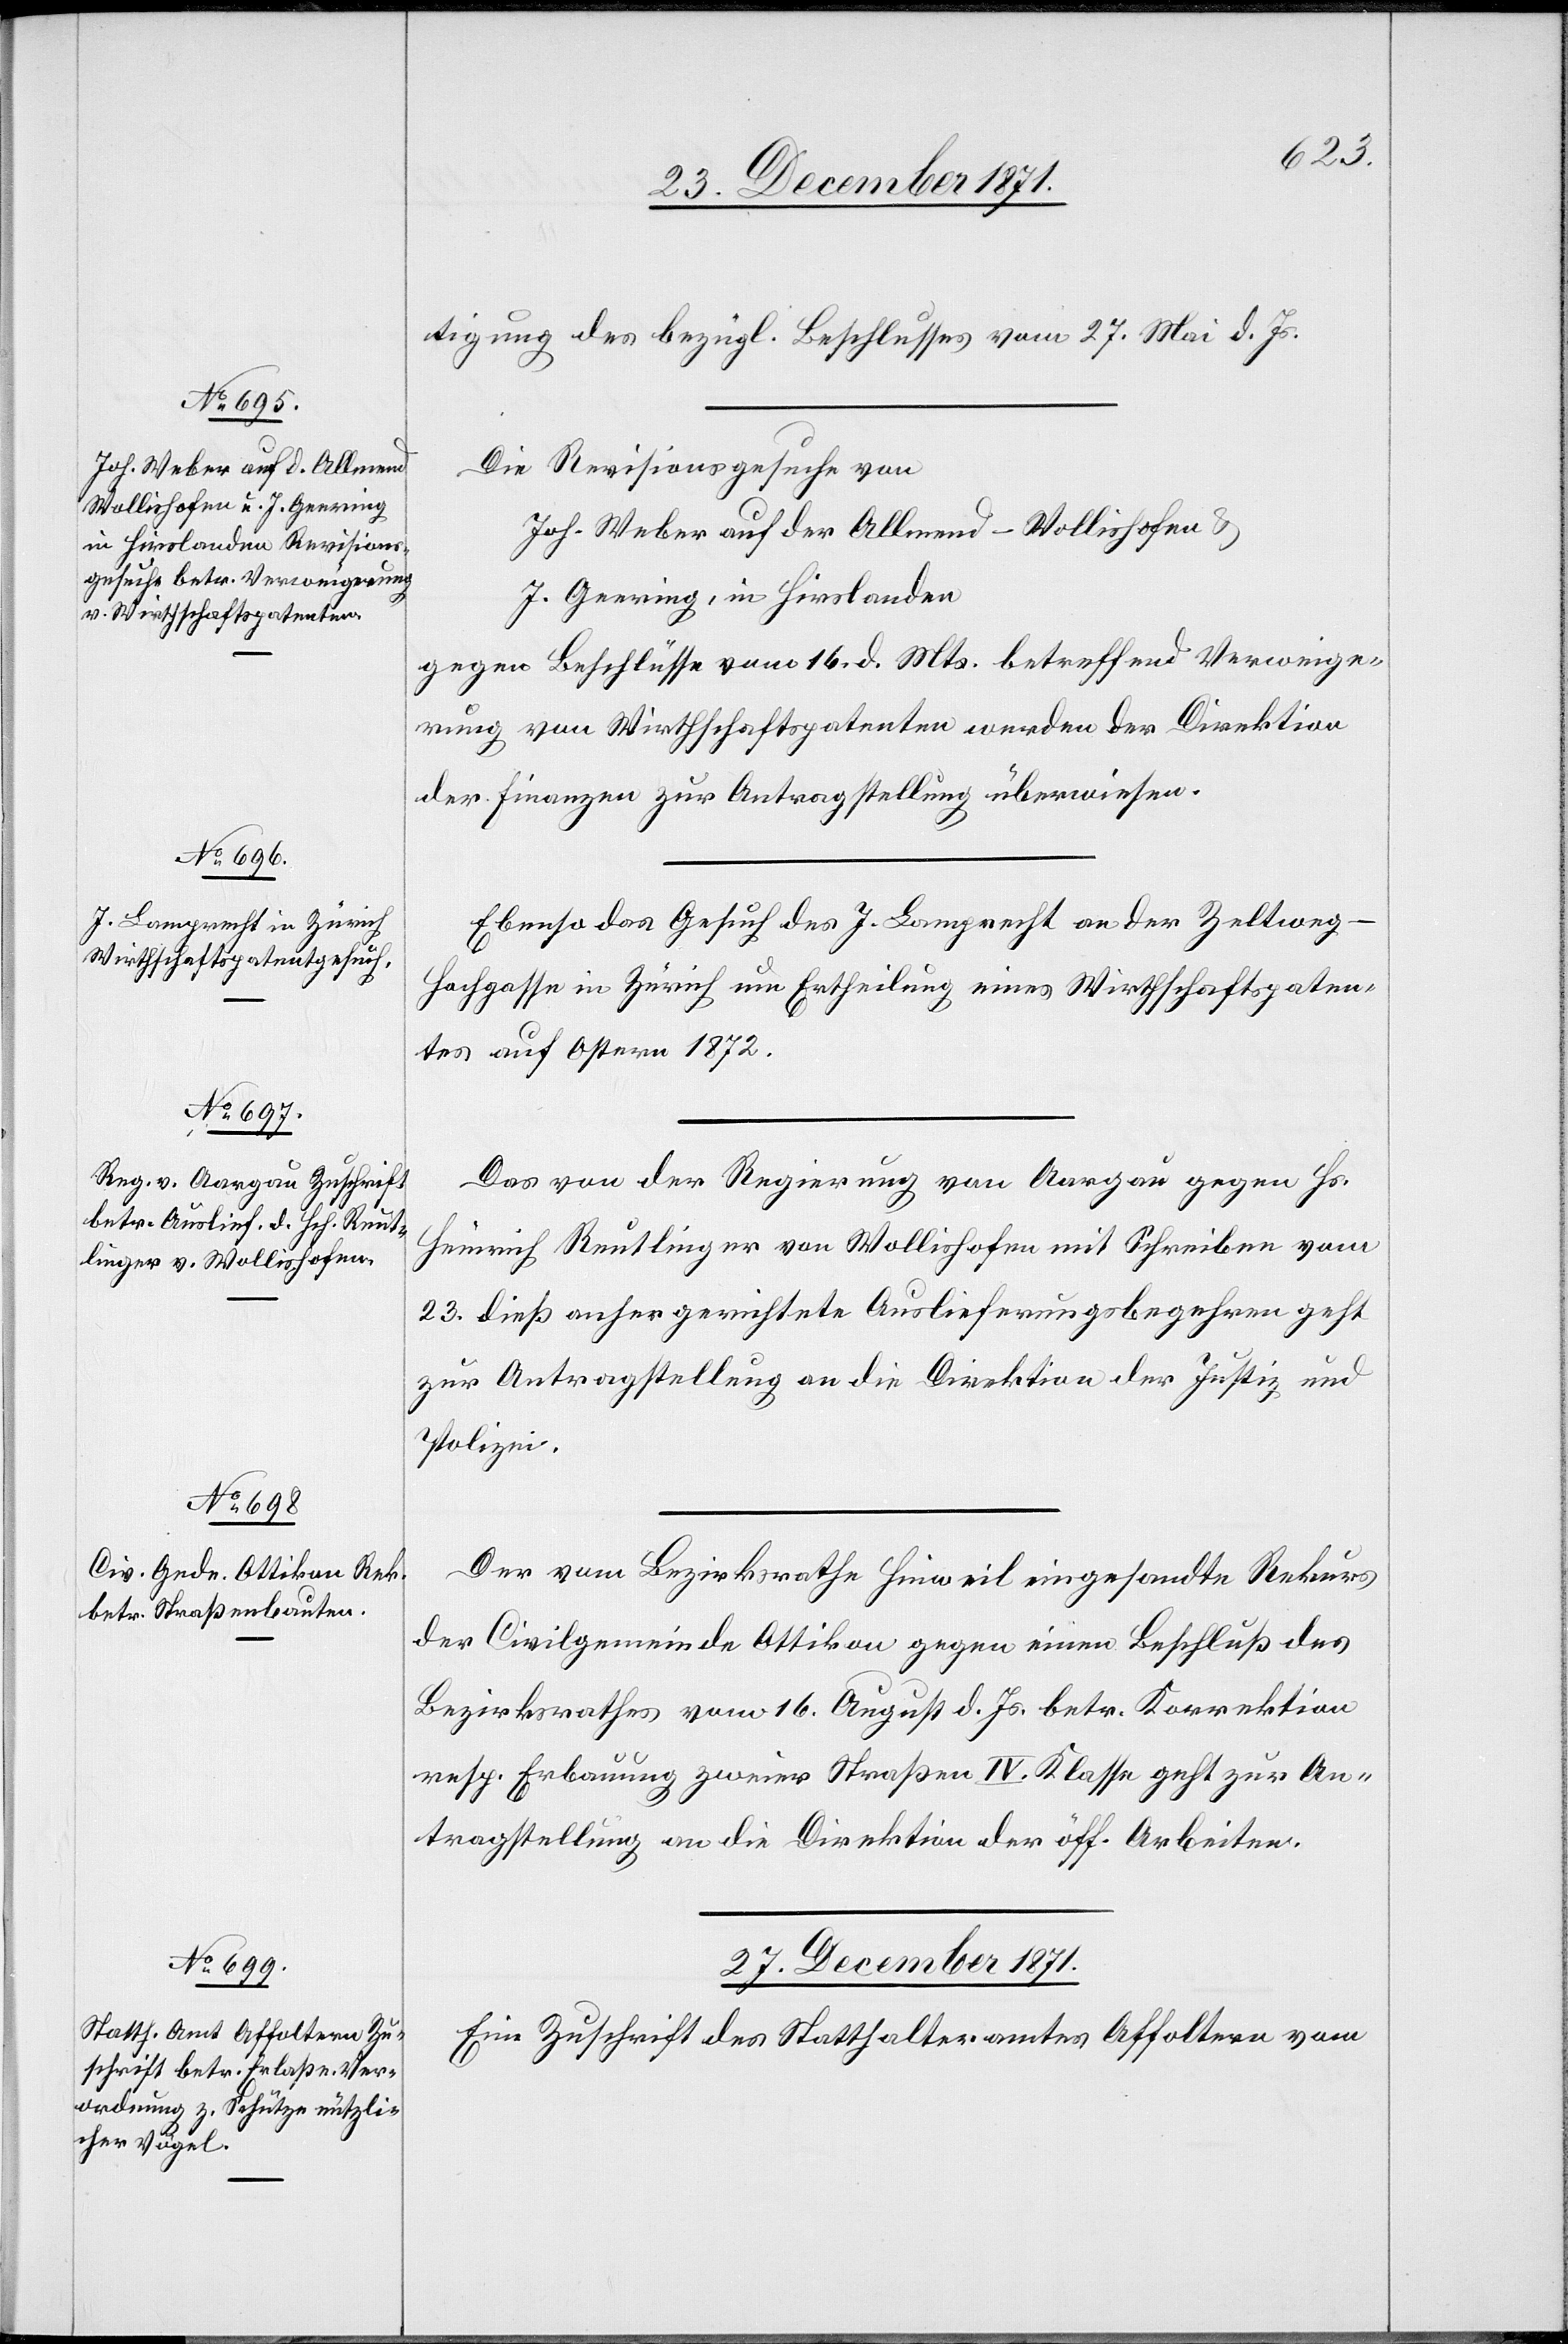
26. December 1871.]
tigung des bezügl. Beschlusses vom 27. Mai d. Js.
Die Revisionsgesuche von
Joh. Weber auf der Allmend - Wollishofen &
J. Geering, in Hirslanden
gegen Beschlüsse vom 16. d. Mts. betreffend Verweige¬
rung von Wirthschaftspatenten werden der Direktion
der Finanzen zur Antragstellung überwiesen.
Ebenso das Gesuch des J. Lamprecht an der Zeltweg-H¬
ochgasse in Zürich um Ertheilung eines Wirthschaftspaten¬
tes auf Ostern 1872.
Das von der Regierung von Aargau gegen Hs.
Heinrich Reutlinger von Wollishofen mit Schreiben vom
23. dieß anher gerichtete Auslieferungsbegehren geht
zur Antragstellung an die Direktion der Justiz und
Polizei.
Der vom Bezirksrathe Hinweil eingesandte Rekurs
der Civilgemeinde Ottikon gegen einen Beschluß des
Bezirksrathes vom 16. August d. Js. betr. Korrektion
resp. Erbauung zweier Straßen IV. Klasse geht zur An¬
tragstellung an die Direktion der öff. Arbeiten.
27. December 1871.
Eine Zuschrift des Statthalteramtes Affoltern vom